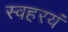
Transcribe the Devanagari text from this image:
स्वहरयं